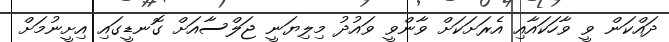
ދައްކަން ވީ ވާހަކައާއި އެރަށަކަށް ވާންވީ ވައުދު މިލިޔަނީ ޖަލްސާއަށް ގޮނޑީގައި އިށީނުމަށް